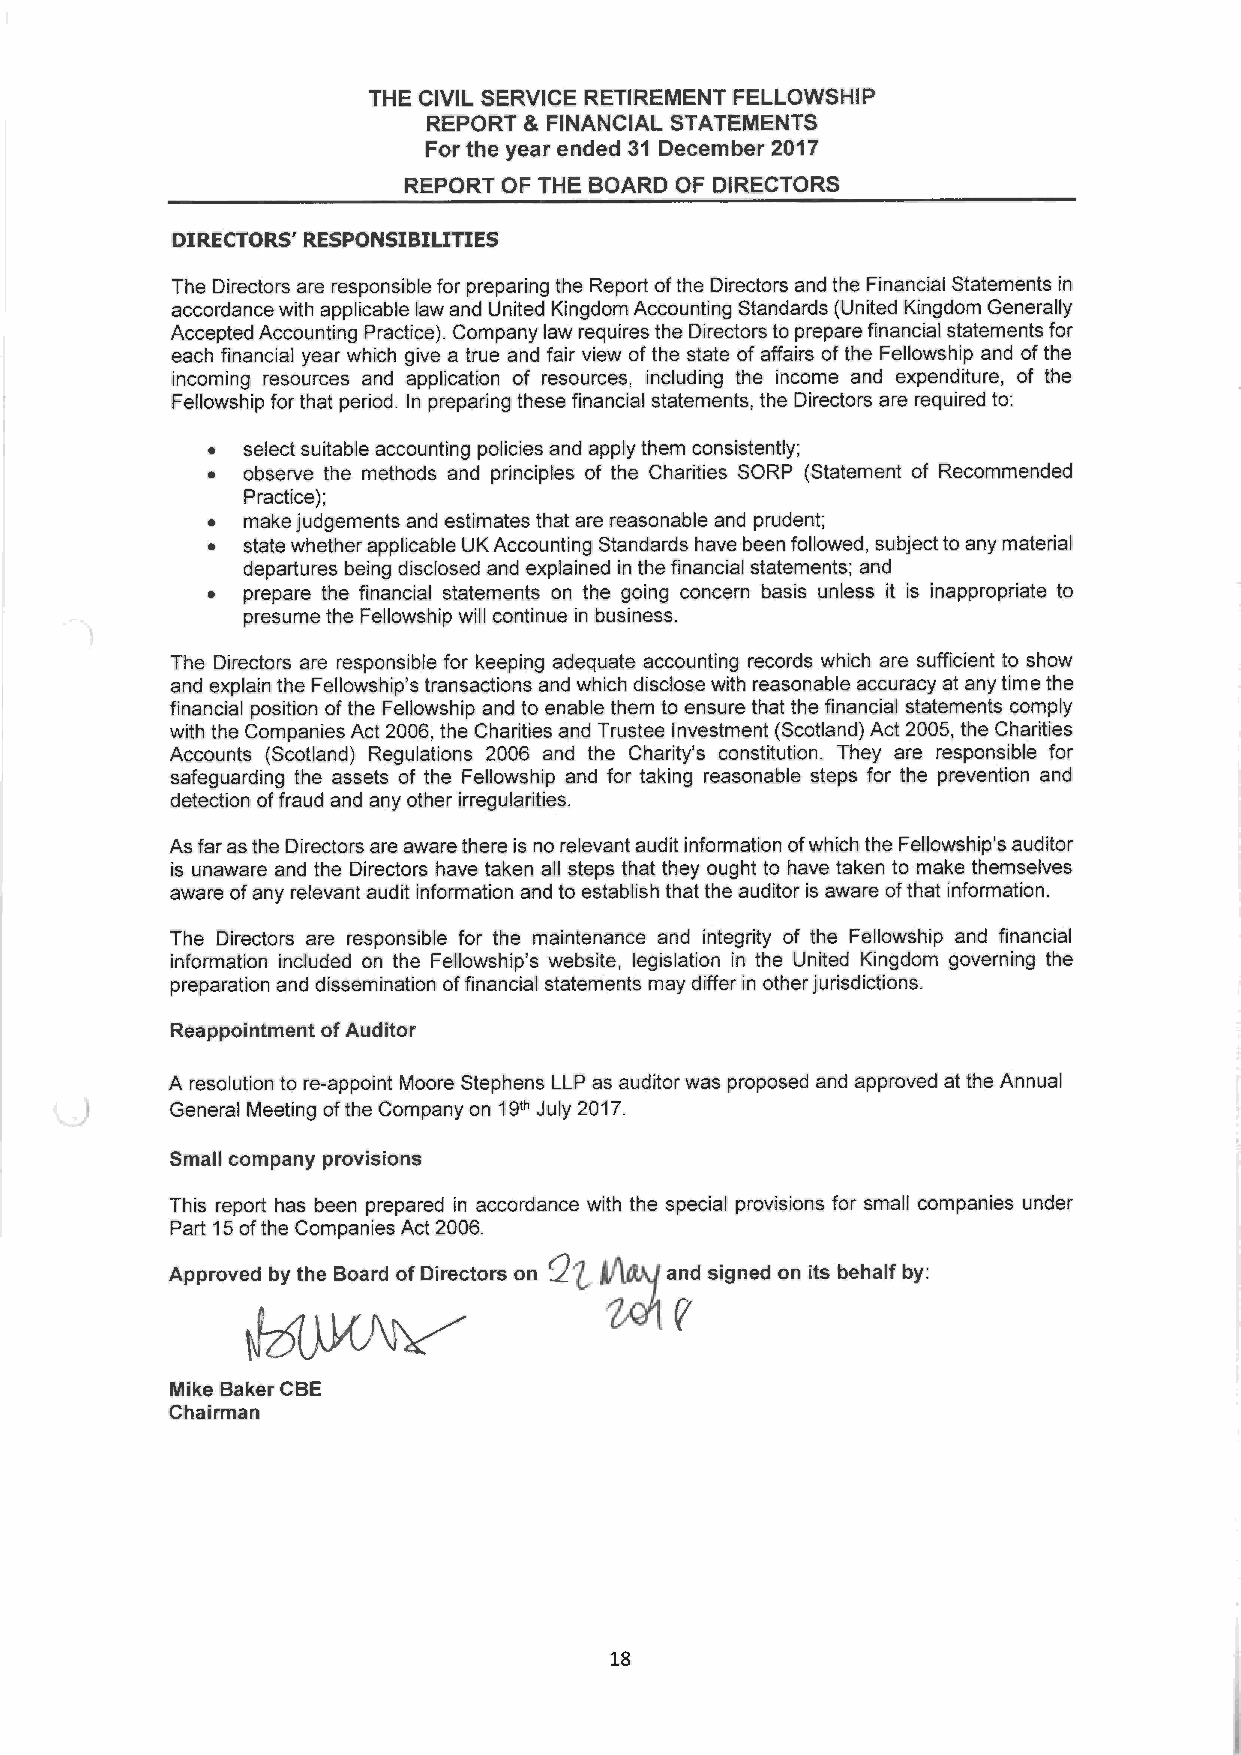
THE CIVIL SERVICE RETIREMENT FELLOWSHIP
 REPORT 8~ FINANCIAL STATEMENTS
 For the year ended 31 December 2017
 REPORT OF THE BOARD OF DIRECTORS
 DIRECTORS' RESPONSIBILITIES
 The Directors are responsible for preparing the Report of the Directors and the Financial Statements in
 accordance with applicable law and United Kingdom Accounting Standards (United Kingdom Generally
 Accepted Accounting Practice). Company law requires the Directors to prepare financial statements for
 each financial year which give a true and fair view of the state of affairs of the Fellowship and of the
 incoming resources and application of resources, including the income and expenditure, of the
 Fellowship for that period. In preparing these financial statements, the Directors are required to:
 •  select suitable accounting policies and apply them consistently;
 •  observe the methods and principles of the Charities SORP (Statement of Recommended
 Practice);
 •  make judgements and estimates that are reasonable and prudent;
 •  state whether applicable UK Accounting Standards have been followed, subject to any material
 departures being disclosed and explained in the financial statements; and
 •  prepare the financial statements on the going concern basis unless it is inappropriate to
 presume the Fellowship will continue in business.
 The Directors are responsible for keeping adequate accounting records which are sufficient to show
 and explain the Fellowship's transactions and which disclose with reasonable accuracy at any time the
 financial position of the Fellowship and to enable them to ensure that the financial statements comply
 with the Companies Act 2006, the Charities and Trustee Investment (Scotland) Act 2005, the Charities
 Accounts (Scotland) Regulations 2006 and the Charity's constitution. They are responsible for
 safeguarding the assets of the Fellowship and for taking reasonable steps for the prevention and
 detection of fraud and any other irregularities.
 As far as the Directors are aware there is no relevant audit information of which the Fellowship's auditor
 is unaware and the Directors have taken all steps that they ought to have taken to make themselves
 aware of any relevant audit information and to establish that the auditor is aware of that information.
 The Directors are responsible for the maintenance and integrity of the Fellowship and financial
 information included on the Fellowship's website, legislation in the United Kingdom governing the
 preparation and dissemination of financial statements may differ in otherjurisdictions.
 Reappointment of Auditor
 A resolution to re-appoint Moore Stephens LLP as auditor was proposed and approved at the Annual
 General Meeting of the Company on 19th July 2017.
 Small company provisions
 This report has been prepared in accordance with the special provisions for small companies under
 Part 15 of the Companies Act 2006.
 Approved by the Board of Directors on ~'~ ~~, and signed on its behalf by:
 N
 Mike Baker CBE
 Chairman
 18